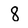
Character: 8